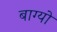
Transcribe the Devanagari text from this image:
बाग्यो